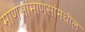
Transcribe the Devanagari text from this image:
माणसांमाणसांमधील